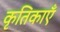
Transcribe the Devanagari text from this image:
कृतिकाएँ